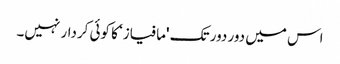
اس میں دور دور تک 'مافیاز‘ کا کوئی کردار نہیں۔